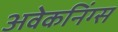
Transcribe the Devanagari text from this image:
अवेकनिंग्स